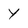
Character: Y